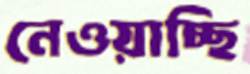
নেওয়াচ্ছি